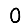
Digit: 0